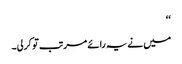
‘‘
میں نے یہ رائے مرتب تو کرلی۔